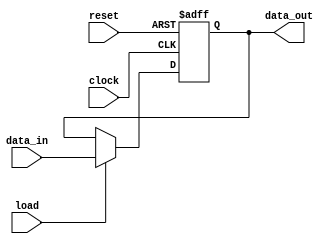
module D_FLIP_FLOP (data_out, data_in, load, clock, reset);
 
  output reg data_out;
  
  input data_in;
  input load, clock, reset;
  
  always @ (posedge clock or negedge reset)
    if (reset == 0) data_out <= 0;
    else if (load) data_out <= data_in;
      
endmodule